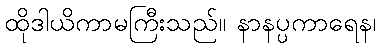
ထိုဒါယိကာမကြီးသည်။ နာနပ္ပကာရေန၊